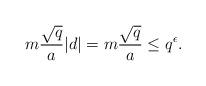
LaTeX: \begin{align*}m\frac{\sqrt{q}}{a} |d| = m\frac{\sqrt{q}}{a} \leq q^\epsilon. \end{align*}